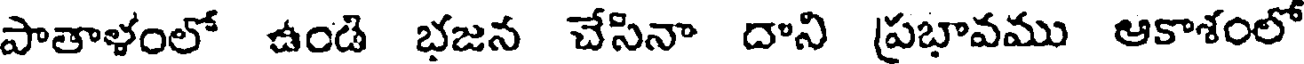
పాతాళంలో ఉండి భజన చేసినా దాని ప్రభావము ఆకాశంలో